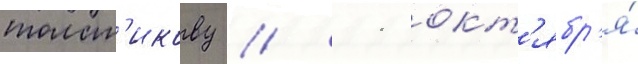
толст'икову // 11 окт'ябр'я́